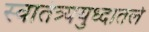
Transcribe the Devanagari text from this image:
स्वातंत्र्ययुध्दातले